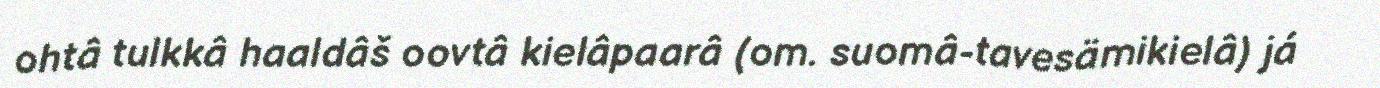
ohtâ tulkkâ haaldâš oovtâ kielâpaarâ (om. suomâ-tavesämikielâ) já